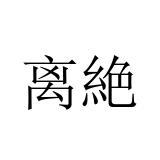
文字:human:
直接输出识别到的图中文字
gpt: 离絶